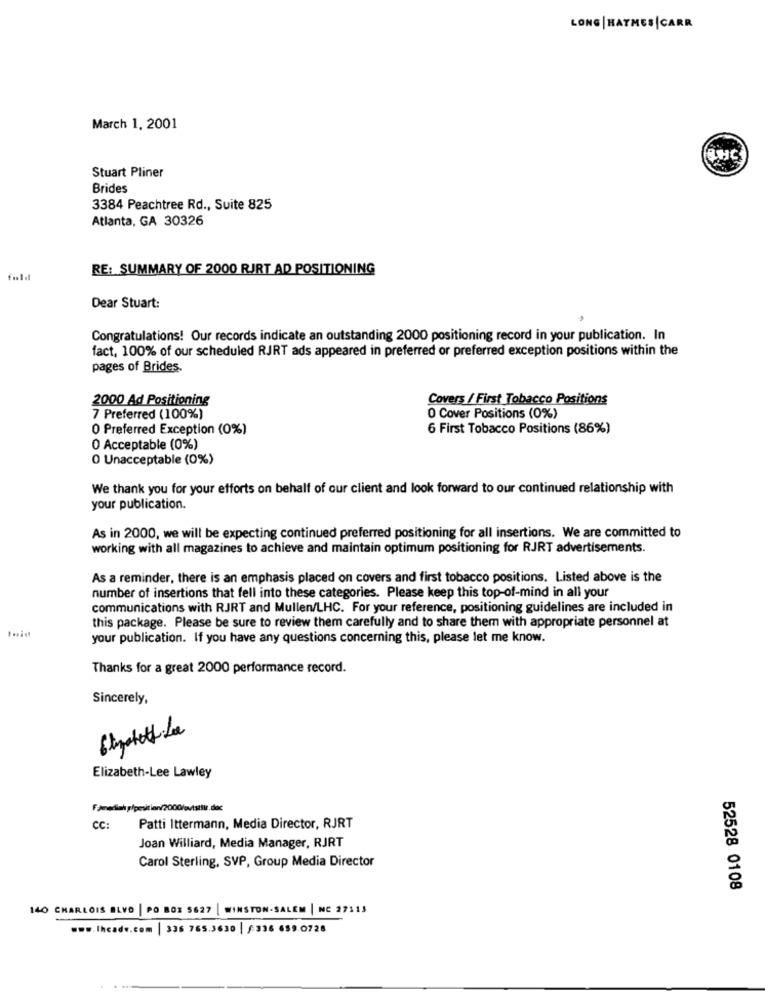
LONG | HATMES |CARR
March 1. 2001
Stuart Pliner
Brides
3384 Peachtree Rd ., Suite 825
Atlanta, GA 30326
RE: SUMMARY OF 2000 RJRT AD POSITIONING
fold
Dear Stuart:
Congratulations! Our records indicate an outstanding 2000 positioning record in your publication. In
fact, 100% of our scheduled RJRT ads appeared in preferred or preferred exception positions within the
pages of Brides.
2000 Ad Positioning
Covers / First Tobacco Positions
7 Preferred (100%)
O Cover Positions (0%)
O Preferred Exception (0%)
6 First Tobacco Positions (86%)
0 Acceptable (0%)
0 Unacceptable (0%)
We thank you for your efforts on behalf of our client and look forward to our continued relationship with
your publication.
As in 2000, we will be expecting continued preferred positioning for all insertions. We are committed to
working with all magazines to achieve and maintain optimum positioning for RJRT advertisements.
As a reminder, there is an emphasis placed on covers and first tobacco positions. Listed above is the
number of insertions that fell into these categories. Please keep this top-of-mind in all your
communications with RJRT and Mullen/LHC. For your reference, positioning guidelines are included in
this package. Please be sure to review them carefully and to share them with appropriate personnel at
your publication. If you have any questions concerning this, please let me know.
Thanks for a great 2000 performance record.
Sincerely,
Elizabeth-Lee Lawley
Fjmediak p/pesition/2000/w/www.de
CC:
Patti Ittermann, Media Director, RJRT
Joan Williard, Media Manager, RJRT
Carol Sterling, SVP, Group Media Director
52528 0108
140 CHARLOIS BLVD | PO BOX 5627
| WINSTON-SALEM | NE 27113
www.Ihcade.com | 336 765.3630 | f:336 659.0728